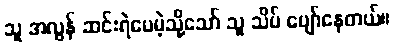
သူ အလွန် ဆင်းရဲပေမဲ့သို့သော် သူ သိပ် ပျော်နေတယ်။